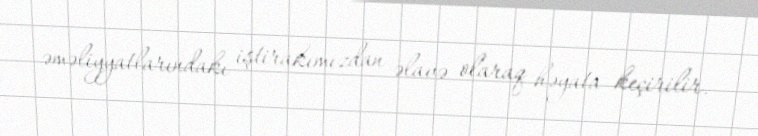
əməliyyatlarındakı iştirakımızdan əlavə olaraq həyata keçirilir.